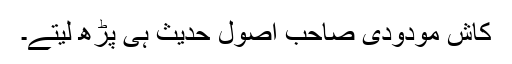
کاش مودودی صاحب اصول حدیث ہی پڑھ لیتے۔